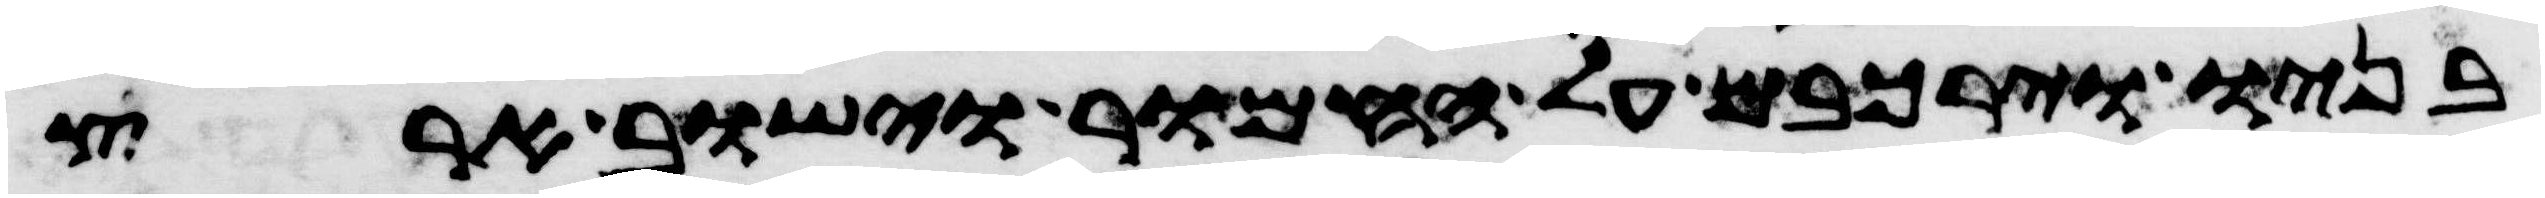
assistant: בניו וירכבם על החמור וישב ארץ